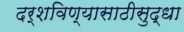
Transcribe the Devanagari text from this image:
दर्शविण्यासाठीसुद्धा